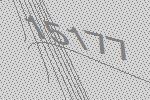
15177